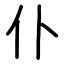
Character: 仆